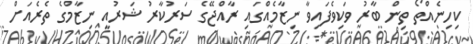
ކިހިނެއްތޯ ތިން ބާރު ވަކިވެފައިވާ ނިޒާމެއްގައި ރާއްޖޭގެ ސަރުކާރު ޝަރުއީ ނިޒާމްގެ ތެރެއަށް